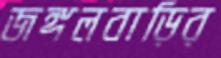
জঙ্গলবাড়ির